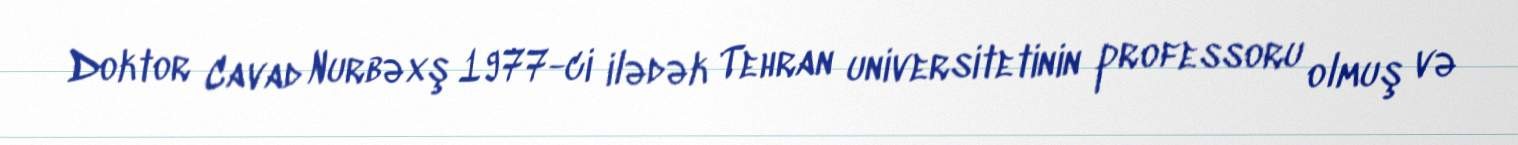
Doktor Cavad Nurbəxş 1977-ci ilədək Tehran universitetinin professoru olmuş və